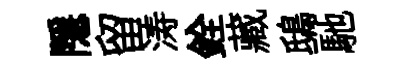
隱留涛銓藏鴟馳